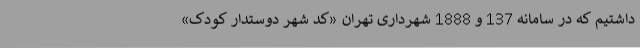
داشتیم که در سامانه 137 و 1888 شهرداری تهران «کد شهر دوستدار کودک»